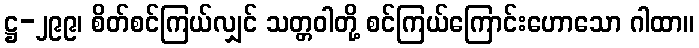
ဋ္ဌ-၂၉၉၊ စိတ်စင်ကြယ်လျှင် သတ္တဝါတို့ စင်ကြယ်ကြောင်းဟောသော ဂါထာ။